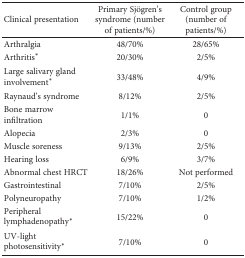
<table><thead><tr><td><b>Clinical presentation</b></td><td><b>Primary Sjögren&#x27;s syndrome (number of patients/%)</b></td><td><b>Control group (number of patients/%)</b></td></tr></thead><tbody><tr><td>Arthralgia</td><td>48/70%</td><td>28/65%</td></tr><tr><td>Arthritis<sup>∗</sup></td><td>20/30%</td><td>2/5%</td></tr><tr><td>Large salivary gland involvement<sup>∗</sup></td><td>33/48%</td><td>4/9%</td></tr><tr><td>Raynaud&#x27;s syndrome</td><td>8/12%</td><td>2/5%</td></tr><tr><td>Bone marrow infiltration</td><td>1/1%</td><td>0</td></tr><tr><td>Alopecia</td><td>2/3%</td><td>0</td></tr><tr><td>Muscle soreness</td><td>9/13%</td><td>2/5%</td></tr><tr><td>Hearing loss</td><td>6/9%</td><td>3/7%</td></tr><tr><td>Abnormal chest HRCT</td><td>18/26%</td><td>Not performed</td></tr><tr><td>Gastrointestinal</td><td>7/10%</td><td>2/5%</td></tr><tr><td>Polyneuropathy</td><td>7/10%</td><td>1/2%</td></tr><tr><td>Peripheral lymphadenopathy<sup>∗</sup></td><td>15/22%</td><td>0</td></tr><tr><td>UV-light photosensitivity<sup>∗</sup></td><td>7/10%</td><td>0</td></tr></tbody></table>